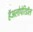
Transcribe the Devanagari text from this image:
हॅअलोपेरिडॉल